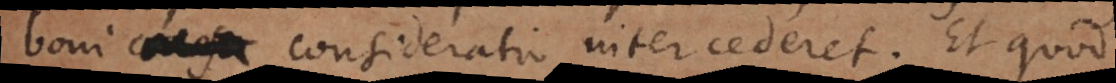
boni consideratio intercederet. Et quod